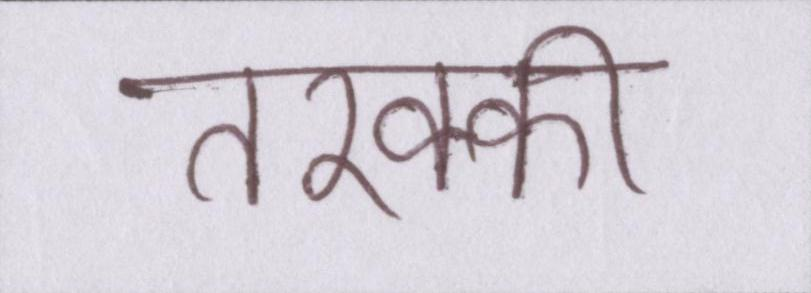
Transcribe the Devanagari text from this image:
तरक्की